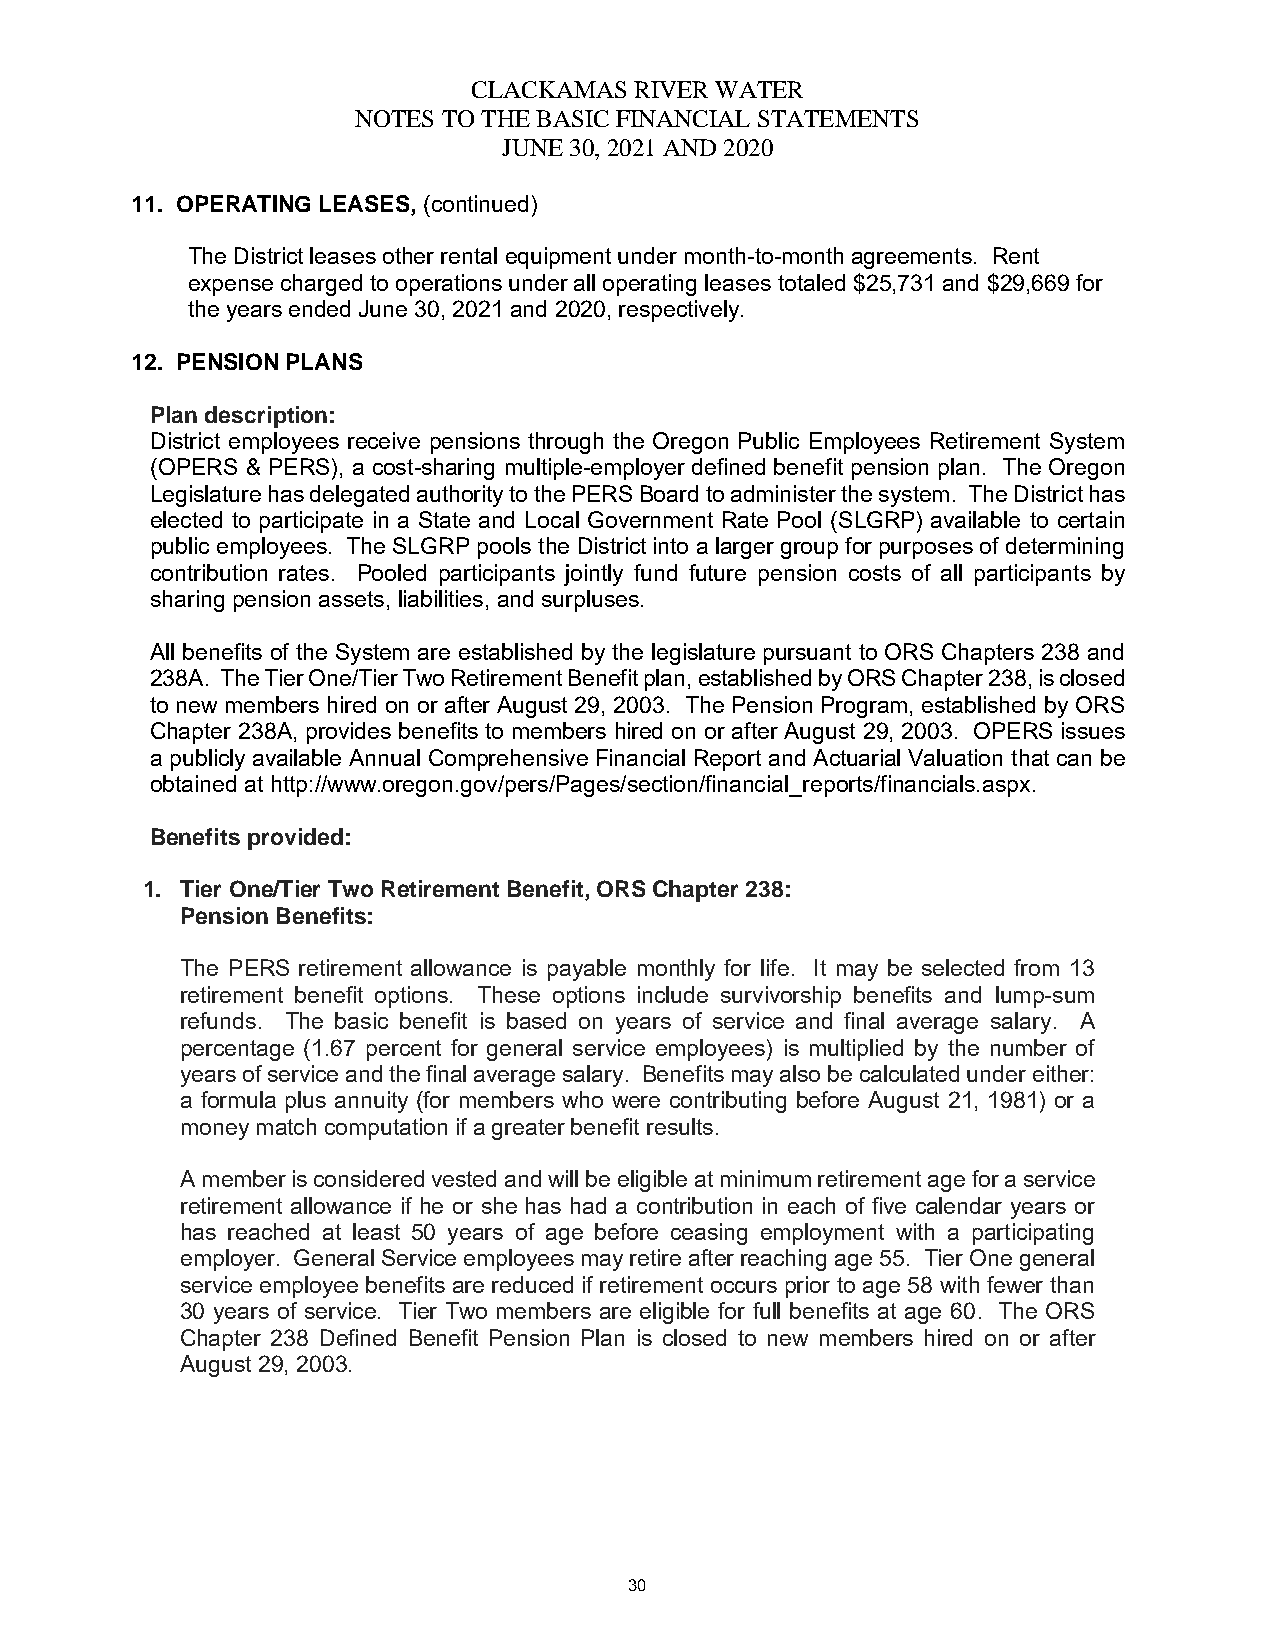
CLACKAMAS  RIVER WATER
 NOTES TO THE BASIC FINANCIAL STATEMENTS
 JUNE 30, 2021 AND 2020
 11. OPERATING LEASES, (continued)
 The District leases other rental equipment under month-to-month agreements. Rent
 expense charged to operations under all operating leases totaled $25,731 and $29,669 for
 the years ended June 30, 2021 and 2020, respectively.
 12. PENSION PLANS
 Plan description:
 District employees receive pensions through the Oregon Public Employees Retirement System
 (OPERS & PERS), a cost-sharing multiple-employer defined benefit pension plan. The Oregon
 Legislature has delegated authority to the PERS Board to administer the system. The District has
 elected to participate in a State and Local Government Rate Pool (SLGRP) available to certain
 public employees. The SLGRP pools the District into a larger group for purposes of determining
 contribution rates. Pooled participants jointly fund future pension costs of all participants by
 sharing pension assets, liabilities, and surpluses.
 All benefits of the System are established by the legislature pursuant to ORS Chapters 238 and
 238A. The Tier One/Tier Two Retirement Benefit plan, established by ORS Chapter 238, is closed
 to new members hired on or after August 29, 2003. The Pension Program, established by ORS
 Chapter 238A, provides benefits to members hired on or after August 29, 2003. OPERS issues
 a publicly available Annual Comprehensive Financial Report and Actuarial Valuation that can be
 obtained at http://www.oregon.gov/pers/Pages/section/financial_reports/financials.aspx.
 Benefits provided:
 1. Tier One/Tier Two Retirement Benefit, ORS Chapter 238:
 Pension Benefits:
 The PERS retirement allowance is payable monthly for life. It may be selected from 13
 retirement benefit options. These options include survivorship benefits and lump-sum
 refunds. The basic benefit is based on years of service and final average salary. A
 percentage (1.67 percent for general service employees) is multiplied by the number of
 years of service and the final average salary. Benefits may also be calculated under either:
 a formula plus annuity (for members who were contributing before August 21, 1981) or a
 money match computation if a greater benefit results.
 A member is considered vested and will be eligible at minimum retirement age for a service
 retirement allowance if he or she has had a contribution in each of five calendar years or
 has reached at least 50 years of age before ceasing employment with a participating
 employer. General Service employees may retire after reaching age 55. Tier One general
 service employee benefits are reduced if retirement occurs prior to age 58 with fewer than
 30 years of service. Tier Two members are eligible for full benefits at age 60. The ORS
 Chapter 238 Defined Benefit Pension Plan is closed to new members hired on or after
 August 29, 2003.
 30